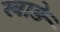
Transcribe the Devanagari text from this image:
खाड़े